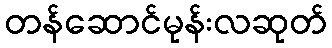
တန်ဆောင်မုန်းလဆုတ်